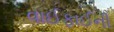
વાઈફાઈની